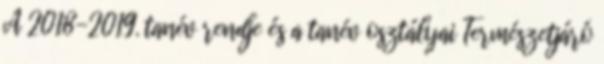
A 2018-2019. tanév rendje és a tanév osztályai Természetjáró